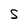
Character: S